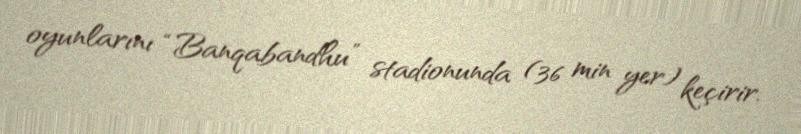
oyunlarını “Banqabandhu” stadionunda (36 min yer) keçirir.